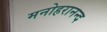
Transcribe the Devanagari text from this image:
मनोहरानन्द